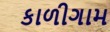
કાળીગામ